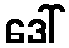
ဒေါ်